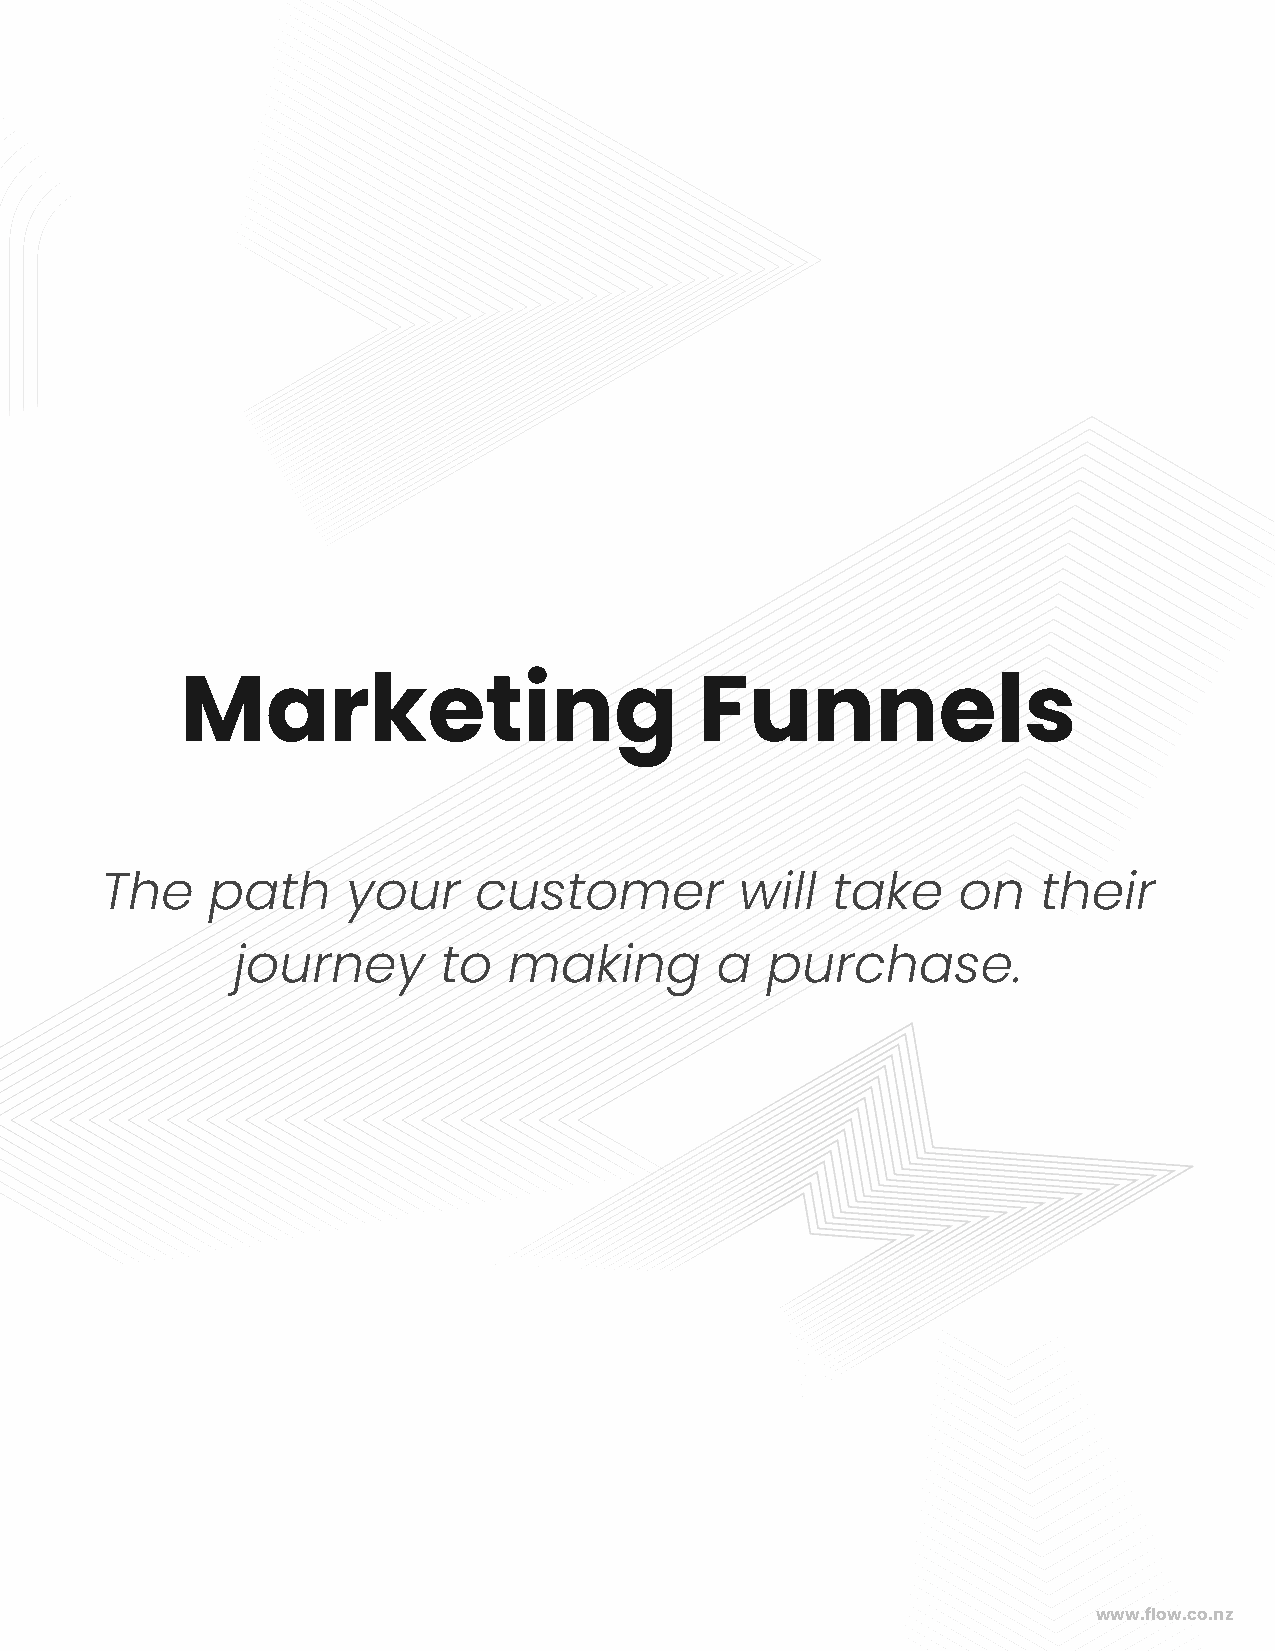
Marketing                         Funnels
 The    path     your    customer          will  take    on    their
 journey       to   making       a   purchase.
 www.flow.co.nz